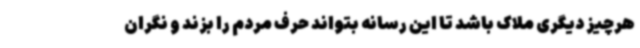
هرچیز دیگری ملاک باشد تا این رسانه بتواند حرف مردم را بزند و نگران